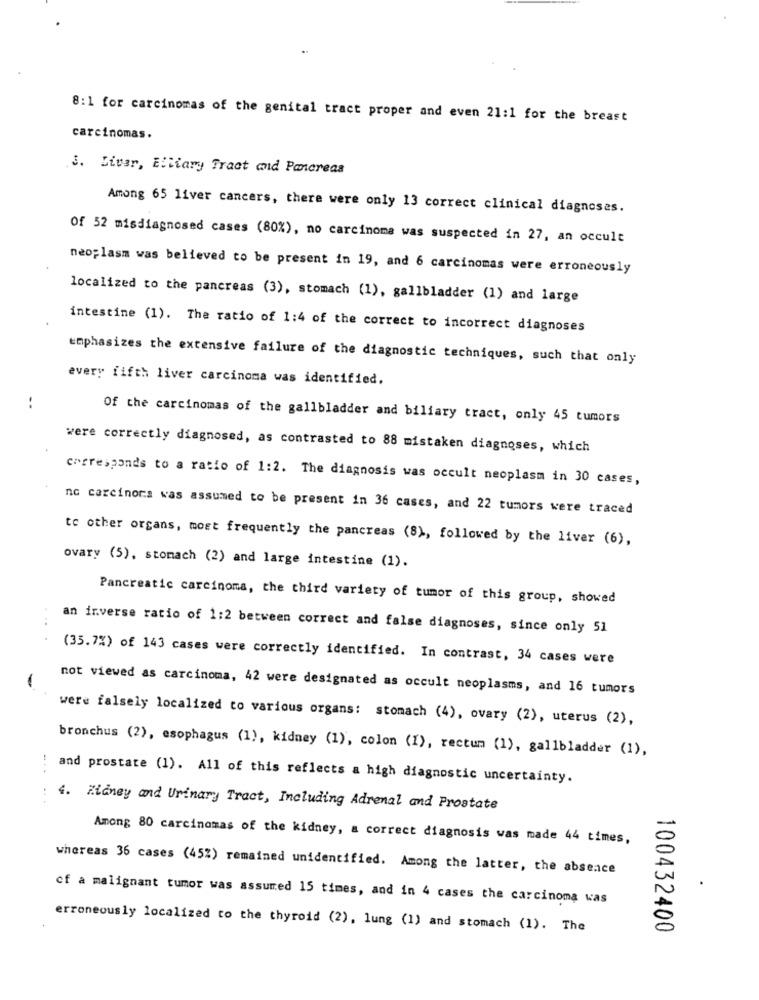
8:1 for carcinomas of the genital tract proper and even 21:1 for the breast
carcinomas.
3. Liver, Eltiary Tract and Pancreas
Among 65 liver cancers, there were only 13 correct clinical diagnoses.
Of 52 misdiagnosed cases (80%), no carcinoma was suspected in 27, an occult
neoplasm was believed to be present in 19, and 6 carcinomas were erroneously
localized to the pancreas (3), stomach (1), gallbladder (1) and large
intestine (1). The ratio of 1:4 of the correct to incorrect diagnoses
emphasizes the extensive failure of the diagnostic techniques, such that only
every fifth liver carcinoma was identified.
..
Of the carcinomas of the gallbladder and biliary tract, only 45 tumors
were correctly diagnosed, as contrasted to 88 mistaken diagnoses, which
corresponds to a ratio of 1:2. The diagnosis was occult neoplasm in 30 cases,
no carcinoma was assumed to be present in 36 cases, and 22 tumors were traced
to other organs, most frequently the pancreas (8), followed by the liver (6),
ovary (5), stomach (2) and large intestine (1).
Pancreatic carcinoma, the third variety of tumor of this group, showed
. .
an inverse ratio of 1:2 between correct and false diagnoses, since only 51
(35.7%) of 143 cases were correctly identified. In contrast, 34 cases were
-
not viewed as carcinoma, 42 were designated as occult neoplasms, and 16 tumors
were falsely localized to various organs: stomach (4), ovary (2), uterus (2),
bronchus (2), esophagus (1), kidney (1), colon (1), rectum (1), gallbladder (1),
....
and prostate (1). All of this reflects a high diagnostic uncertainty.
4. Kidney and Urinary Tract, Including Adrenal and Prostate
Among 80 carcinomas of the kidney, a correct diagnosis was made 44 times,
whereas 36 cases (45%) remained unidentified. Among the latter, the absence
of a malignant tumor was assumed 15 times, and in 4 cases the carcinoma was
erroneously localized to the thyroid (2), lung (1) and stomach (1). The
100432400